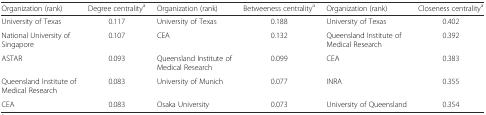
<table><thead><tr><td><b>Organization (rank)</b></td><td><b>Degree centrality<sup>a</sup></b></td><td><b>Organization (rank)</b></td><td><b>Betweeness centrality<sup>a</sup></b></td><td><b>Organization (rank)</b></td><td><b>Closeness centrality<sup>a</sup></b></td></tr></thead><tbody><tr><td>University of Texas</td><td>0.117</td><td>University of Texas</td><td>0.188</td><td>University of Texas</td><td>0.402</td></tr><tr><td>National University of Singapore</td><td>0.107</td><td>CEA</td><td>0.132</td><td>Queensland Institute of Medical Research</td><td>0.392</td></tr><tr><td>ASTAR</td><td>0.093</td><td>Queensland Institute of Medical Research</td><td>0.099</td><td>CEA</td><td>0.383</td></tr><tr><td>Queensland Institute of Medical Research</td><td>0.083</td><td>University of Munich</td><td>0.077</td><td>INRA</td><td>0.355</td></tr><tr><td>CEA</td><td>0.083</td><td>Osaka University</td><td>0.073</td><td>University of Queensland</td><td>0.354</td></tr></tbody></table>